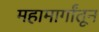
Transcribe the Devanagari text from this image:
महामार्गांतून